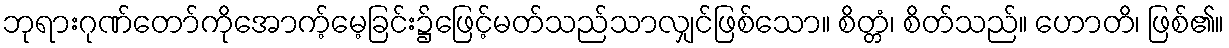
ဘုရားဂုဏ်တော်ကိုအောက့်မေ့ခြင်း၌ဖြေင့်မတ်သည်သာလျှင်ဖြစ်သော။ စိတ္တံ၊ စိတ်သည်။ ဟောတိ၊ ဖြစ်၏။